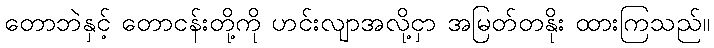
တောဘဲနှင့် တောငန်းတို့ကို ဟင်းလျာအလို့ငှာ အမြတ်တနိုး ထားကြသည်။